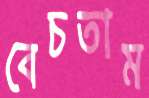
বেচতাম